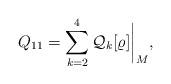
LaTeX: \begin{align*}Q_{11}= \sum_{k=2}^{4}\mathcal{Q}_k[\varrho ]\biggl|_M,\end{align*}